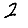
Digit: 2